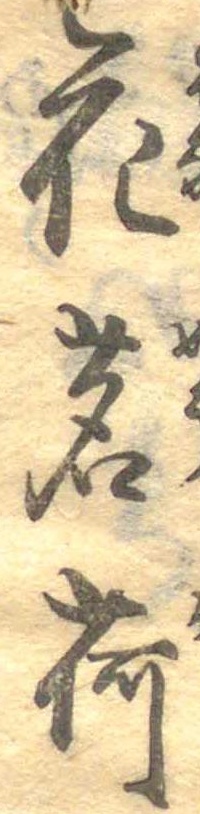
花茗荷